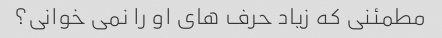
مطمئنی که زیاد حرف های او را نمی خوانی؟